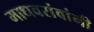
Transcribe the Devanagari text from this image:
माधवरांवांनी